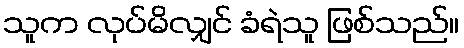
သူက လုပ်မိလျှင် ခံရဲသူ ဖြစ်သည်။